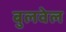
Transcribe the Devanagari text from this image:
बुलवेल